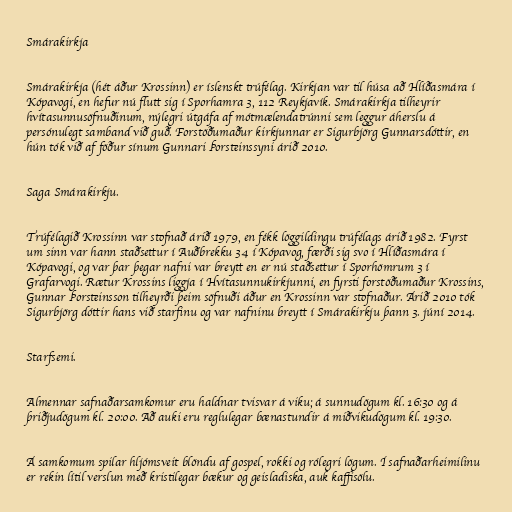
Smárakirkja

Smárakirkja (hét áður Krossinn) er íslenskt trúfélag. Kirkjan var til húsa að Hlíðasmára í
Kópavogi, en hefur nú flutt sig í Sporhamra 3, 112 Reykjavík. Smárakirkja tilheyrir
hvítasunnusöfnuðinum, nýlegri útgáfa af mótmælendatrúnni sem leggur áherslu á
persónulegt samband við guð. Forstöðumaður kirkjunnar er Sigurbjörg Gunnarsdóttir, en
hún tók við af föður sínum Gunnari Þorsteinssyni árið 2010.

Saga Smárakirkju.

Trúfélagið Krossinn var stofnað árið 1979, en fékk löggildingu trúfélags árið 1982. Fyrst
um sinn var hann staðsettur í Auðbrekku 34 í Kópavog, færði sig svo í Hlíðasmára í
Kópavogi, og var þar þegar nafni var breytt en er nú staðsettur í Sporhömrum 3 í
Grafarvogi. Rætur Krossins liggja í Hvítasunnukirkjunni, en fyrsti forstöðumaður Krossins,
Gunnar Þorsteinsson tilheyrði þeim söfnuði áður en Krossinn var stofnaður. Árið 2010 tók
Sigurbjörg dóttir hans við starfinu og var nafninu breytt í Smárakirkju þann 3. júní 2014.

Starfsemi.

Almennar safnaðarsamkomur eru haldnar tvisvar á viku; á sunnudögum kl. 16:30 og á
þriðjudögum kl. 20:00. Að auki eru reglulegar bænastundir á miðvikudögum kl. 19:30.

Á samkomum spilar hljómsveit blöndu af gospel, rokki og rólegri lögum. Í safnaðarheimilinu
er rekin lítil verslun með kristilegar bækur og geisladiska, auk kaffisölu.